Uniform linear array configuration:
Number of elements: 48
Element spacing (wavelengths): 0.5
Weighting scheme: blackman
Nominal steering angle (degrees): -30
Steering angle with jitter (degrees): -31.391
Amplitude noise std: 0.05
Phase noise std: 0.05

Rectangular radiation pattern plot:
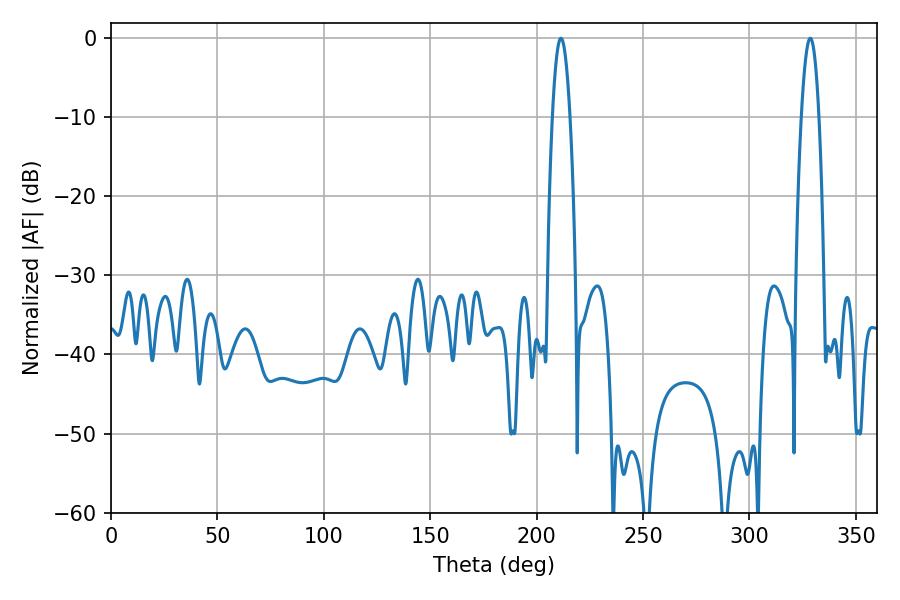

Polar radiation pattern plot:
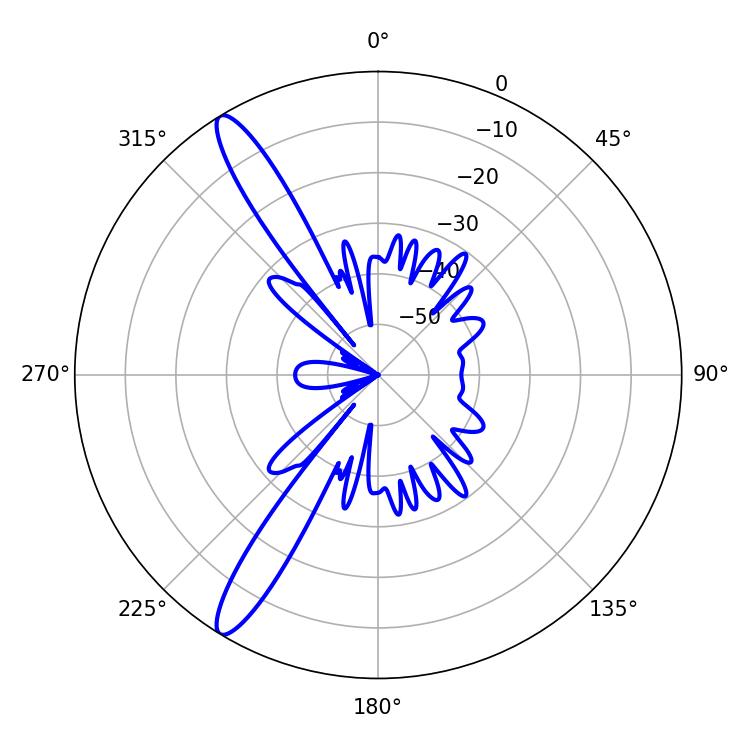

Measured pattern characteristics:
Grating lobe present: FALSE
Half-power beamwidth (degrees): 4.5
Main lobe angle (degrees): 328.5